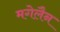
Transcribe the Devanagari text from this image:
मगेलैन